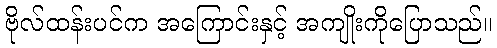
ဗိုလ်ထန်းပင်က အကြောင်းနှင့် အကျိုးကိုပြောသည်။